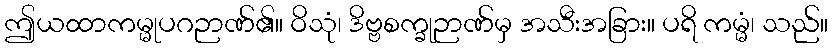
ဤယထာကမ္မုပဂဉာဏ်၏။ ဝိသုံ၊ ဒိဗ္ဗစက္ခုဉာဏ်မှ အသီးအခြား။ ပရိ ကမ္မံ၊ သည်။